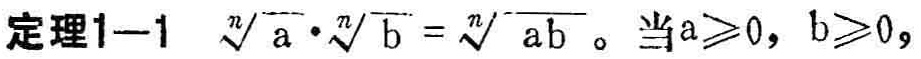
定理1—1 $\sqrt[n]{a}\cdot\sqrt[n]{b}=\sqrt[n]{ab}$。当$a\geqslant0$，$b\geqslant0$，